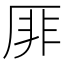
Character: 厞